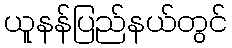
ယူနန်ပြည်နယ်တွင်